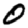
Digit: 0